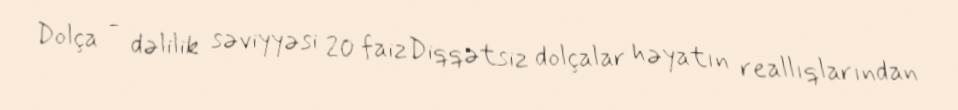
Dolça - dəlilik səviyyəsi 20 faizDiqqətsiz dolçalar həyatın reallıqlarından